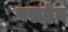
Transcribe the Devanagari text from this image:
पद्मदेव